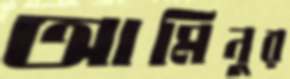
আমিনুর